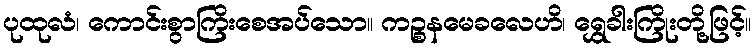
ပုထုလံ၊ ကောင်းစွာကြိးစေအပ်သော။ ကဉ္စနမေခလေဟိ၊ ရွှေခါးကြိုးတို့ဖြင့်။